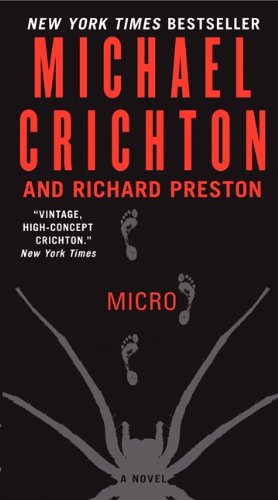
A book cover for Micro: A Novel; Michael Crichton; Mystery, Thriller & Suspense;